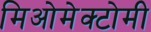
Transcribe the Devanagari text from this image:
मिओमेक्टोमी